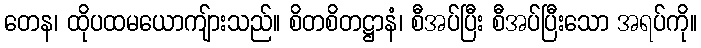
တေန၊ ထိုပထမယောကျ်ားသည်။ စိတစိတဋ္ဌာနံ၊ စီအပ်ပြီး စီအပ်ပြီးသော အရပ်ကို။